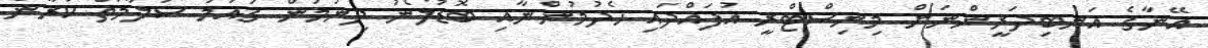
އޭނާގެ އަނބިދަރީންނަށް މިނިސްޓްރީ އުފައްދައި ހެދުމުންނާއި ބޮޑުލޯނު ދިނުމުން ގައުމު ސަލާމަތް ކުރާން